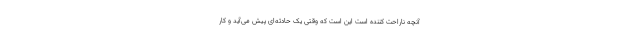
آنچه ناراحت کننده است این است که وقتی یک حادثه‌ای پیش می‌آید و کار